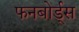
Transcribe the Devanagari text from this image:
फनबोर्ड्स